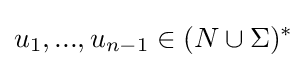
u_{1},...,u_{n-1}\in (N\cup \Sigma )^{*}